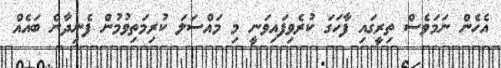
އެހެން ނަމަވެސް ތިރީގައި ފާހަގަ ކުރެވިފައިވަނީ މި މައްސަލަ ކުރިމަތިވުމުން ފެނިދާނެ ބައެއް